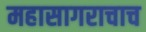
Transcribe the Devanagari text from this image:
महासागराचाच